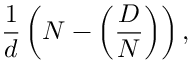
{ \frac { 1 } { d } } \left( N - \left( { \frac { D } { N } } \right) \right) ,